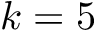
k = 5